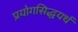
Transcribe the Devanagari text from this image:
प्रयोगसिद्धयर्थ